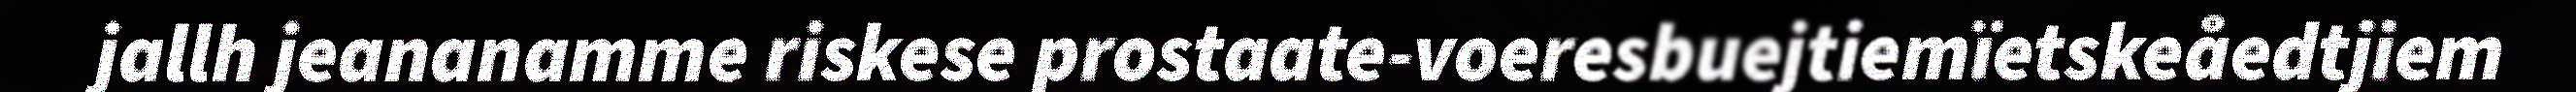
jallh jeananamme riskese prostaate-voeresbuejtiemïetskeåedtjiem